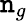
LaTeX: \mathtt{n}_{g}